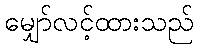
မျှော်လင့်ထားသည်